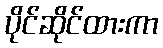
ပိုင်ဆိုင်ထားကာ